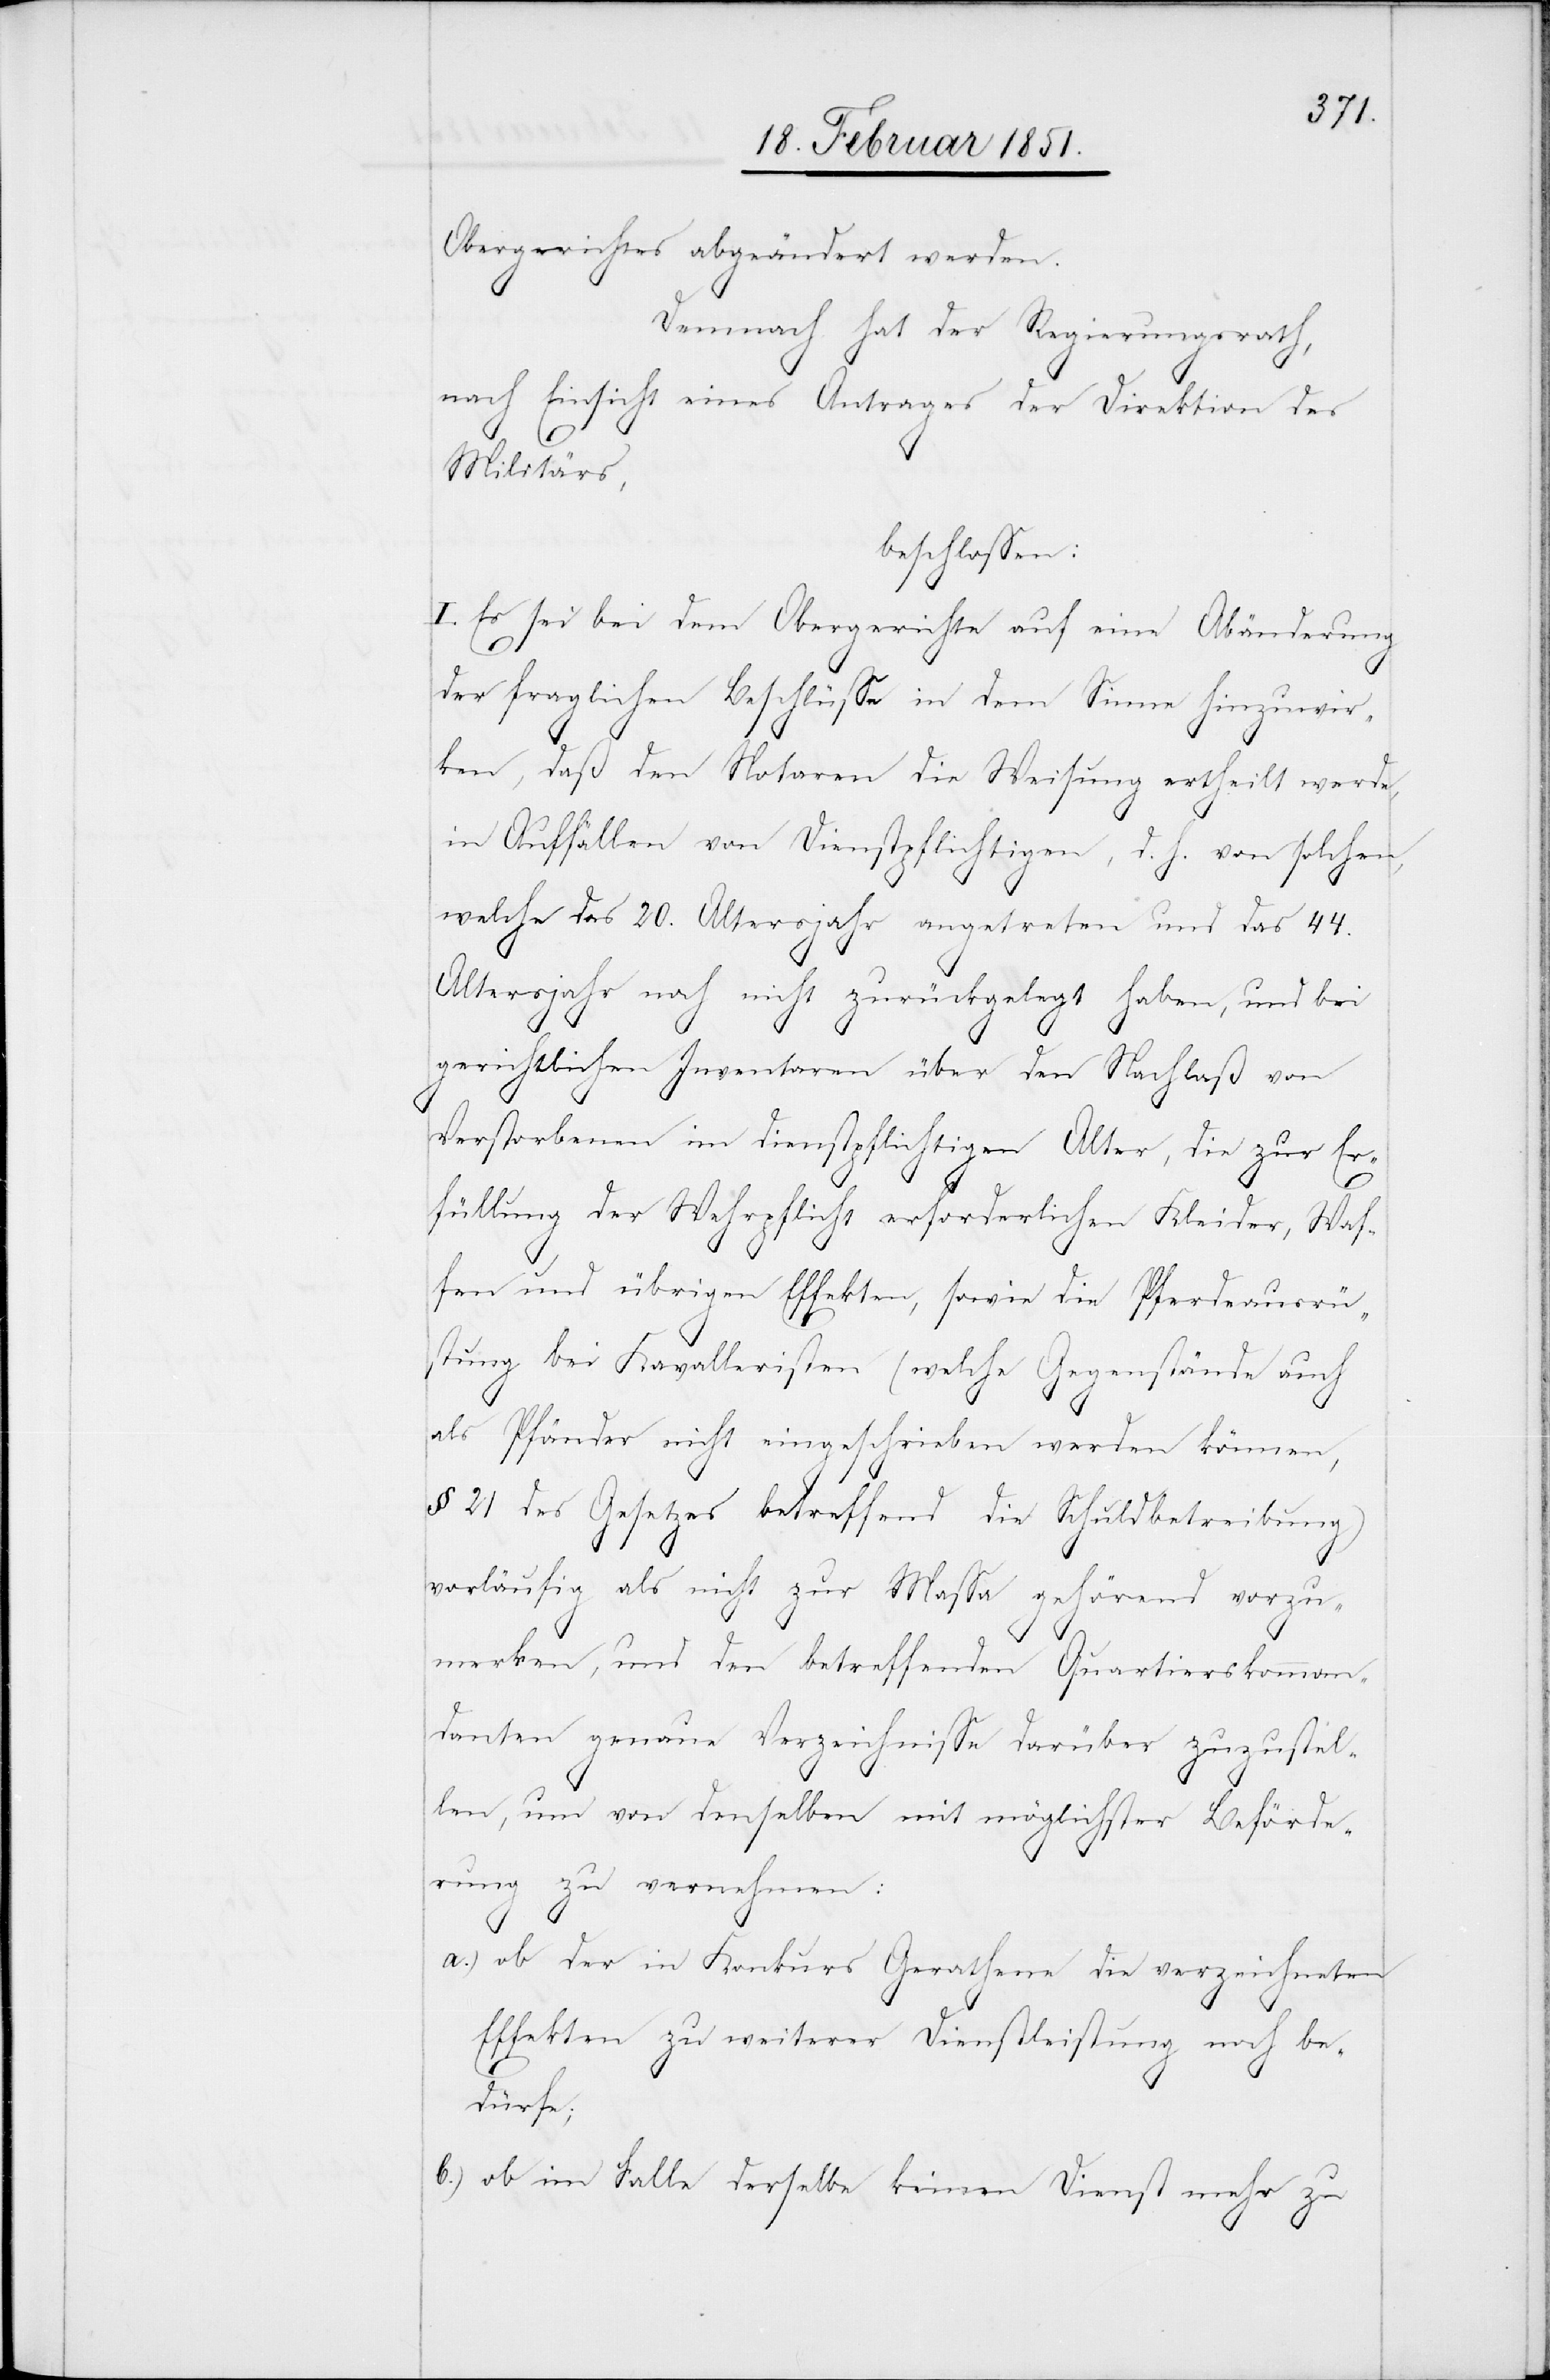
Obergerichtes abgeändert werden.
Demnach hat der Regierungsrath,
nach Einsicht eines Antrages der Direktion des
Militärs,
beschlossen:
I. Es sei bei dem Obergerichte auf eine Abänderung
der fraglichen Beschlüsse in dem Sinne hinzuwir¬
ken, daß den Notaren die Weisung ertheilt werde,
in Auffällen von Dienstpflichtigen, d. h. von solchen,
welche das 20. Altersjahr angetreten und das 44.
Altersjahr noch nicht zurückgelegt haben, und bei
gerichtlichen Inventaren über den Nachlaß von
Verstorbenen im dienstpflichtigen Alter, die zur Er¬
füllung der Wehrpflicht erforderlichen Kleider, Waf¬
fen und übrigen Effekten, sowie die Pferdeausrü¬
stung bei Kavalleristen (welche Gegenstände auch
als Pfänder nicht eingeschrieben werden können,
§ 21 des Gesetzes betreffend die Schuldbetreibung)
vorläufig als nicht zur Massa gehörend vorzu¬
merken, und den betreffenden Quartierskomman¬
danten genaue Verzeichnisse darüber zuzustel¬
len, um von denselben mit möglichster Beförde¬
rung zu vernehmen:
a.)
ob der in Konkurs Gerathene die verzeichneten
Effekten zu weiterer Dienstleistung noch be¬
dürfe;
ob im Falle derselbe keinen Dienst mehr zu